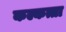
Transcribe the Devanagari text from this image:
कल्कत्ता